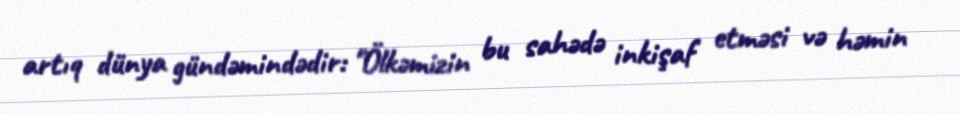
artıq dünya gündəmindədir: "Ölkəmizin bu sahədə inkişaf etməsi və həmin